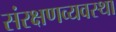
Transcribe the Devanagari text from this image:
संरक्षणव्यवस्था